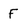
Character: F